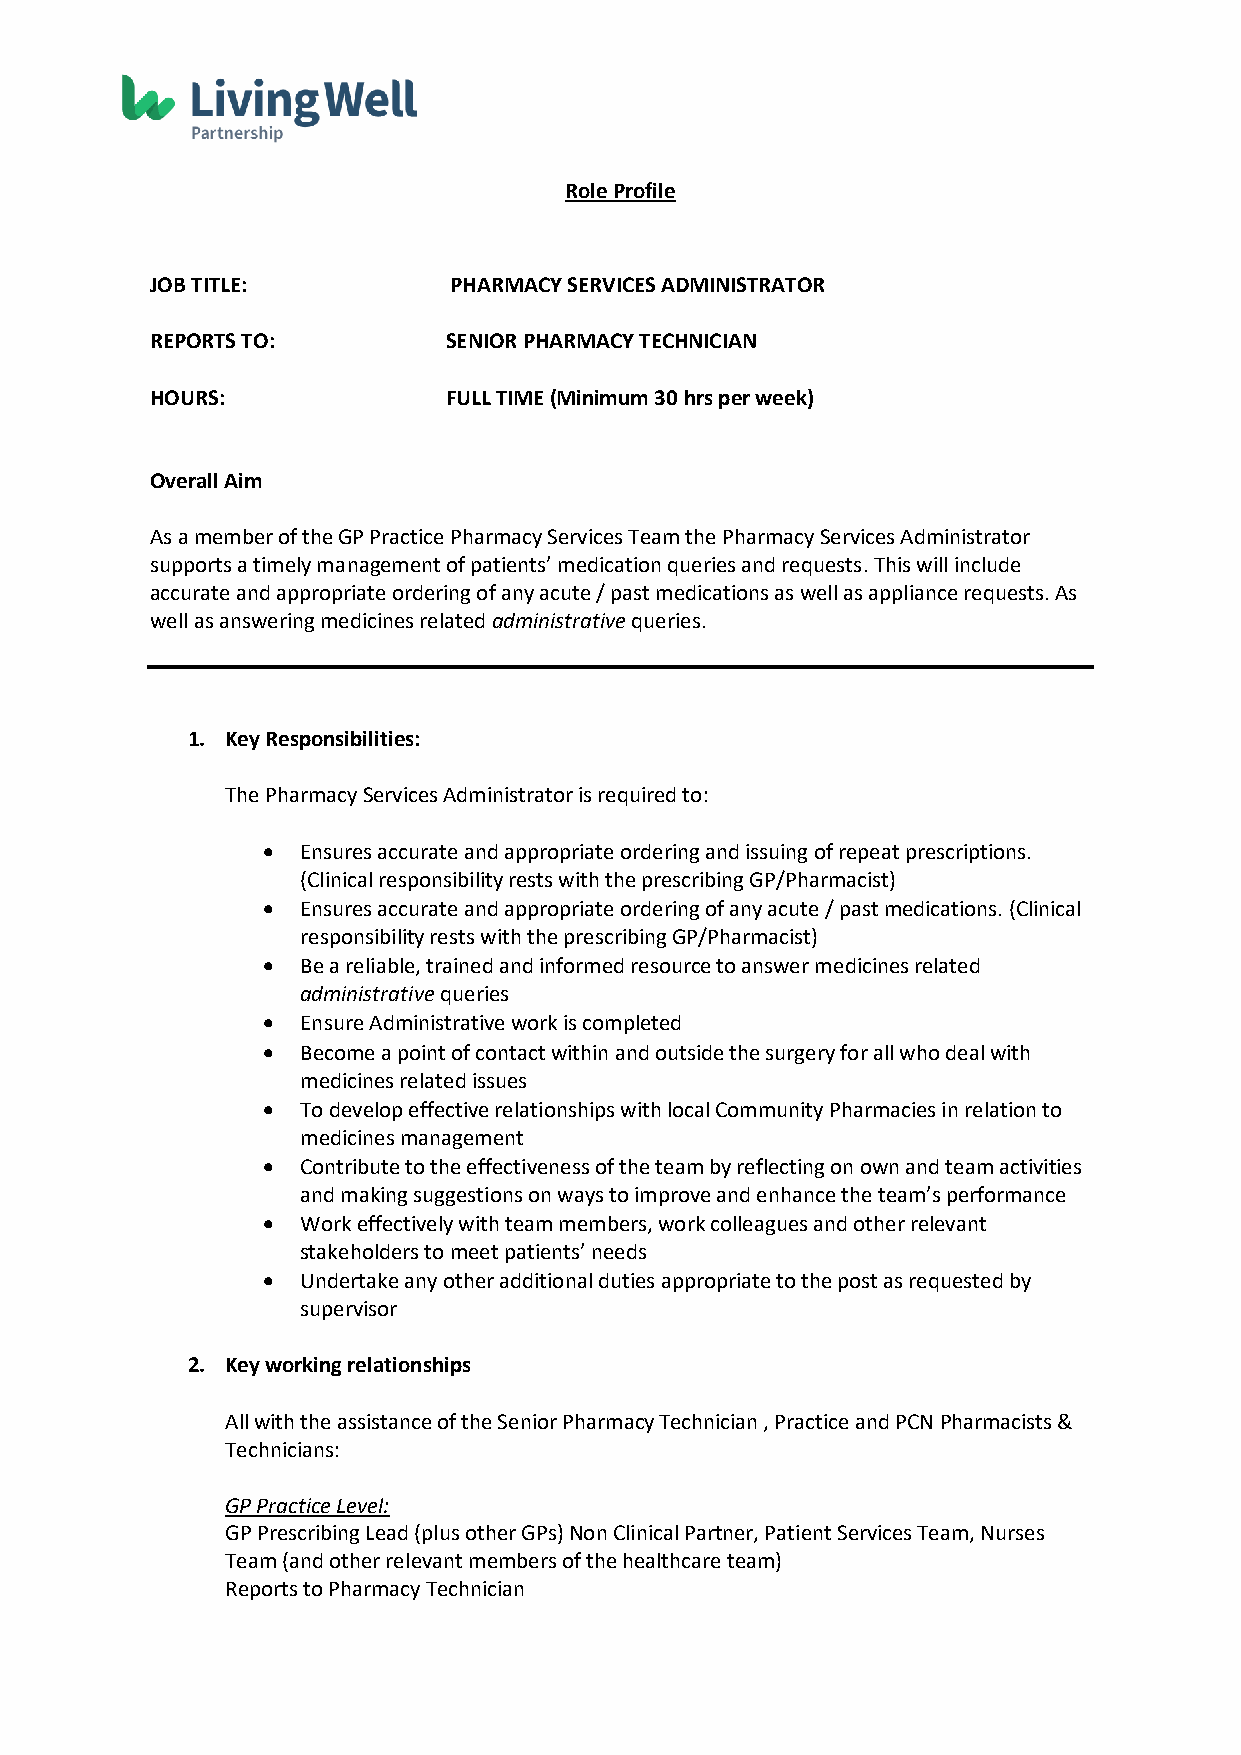
Role Profile
 JOB TITLE:          PHARMACY SERVICES ADMINISTRATOR
 REPORTS TO:        SENIOR PHARMACY TECHNICIAN
 HOURS:             FULL TIME (Minimum 30 hrs per week)
 Overall Aim
 As a member of the GP Practice Pharmacy Services Team the Pharmacy Services Administrator
 supports a timely management of patients’ medication queries and requests. This will include
 accurate and appropriate ordering of any acute / past medications as well as appliance requests. As
 well as answering medicines related administrative queries.
 1. Key Responsibilities:
 The Pharmacy Services Administrator is required to:
   Ensures accurate and appropriate ordering and issuing of repeat prescriptions.
 (Clinical responsibility rests with the prescribing GP/Pharmacist)
   Ensures accurate and appropriate ordering of any acute / past medications. (Clinical
 responsibility rests with the prescribing GP/Pharmacist)
   Be a reliable, trained and informed resource to answer medicines related
 administrative queries
   Ensure Administrative work is completed
   Become a point of contact within and outside the surgery for all who deal with
 medicines related issues
   To develop effective relationships with local Community Pharmacies in relation to
 medicines management
   Contribute to the effectiveness of the team by reflecting on own and team activities
 and making suggestions on ways to improve and enhance the team’s performance
   Work effectively with team members, work colleagues and other relevant
 stakeholders to meet patients’ needs
   Undertake any other additional duties appropriate to the post as requested by
 supervisor
 2. Key working relationships
 All with the assistance of the Senior Pharmacy Technician , Practice and PCN Pharmacists &
 Technicians:
 GP Practice Level:
 GP Prescribing Lead (plus other GPs) Non Clinical Partner, Patient Services Team, Nurses
 Team (and other relevant members of the healthcare team)
 Reports to Pharmacy Technician